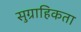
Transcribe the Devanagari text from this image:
सुग्राहिकता